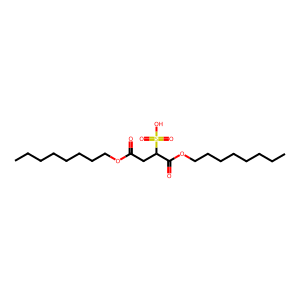
SMILES: CCCCCCCCOC(=O)CC(C(=O)OCCCCCCCC)S(=O)(=O)O
Inhibits HIV replication: No